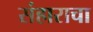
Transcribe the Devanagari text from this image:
संहाराचा